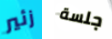
زئير جلسة